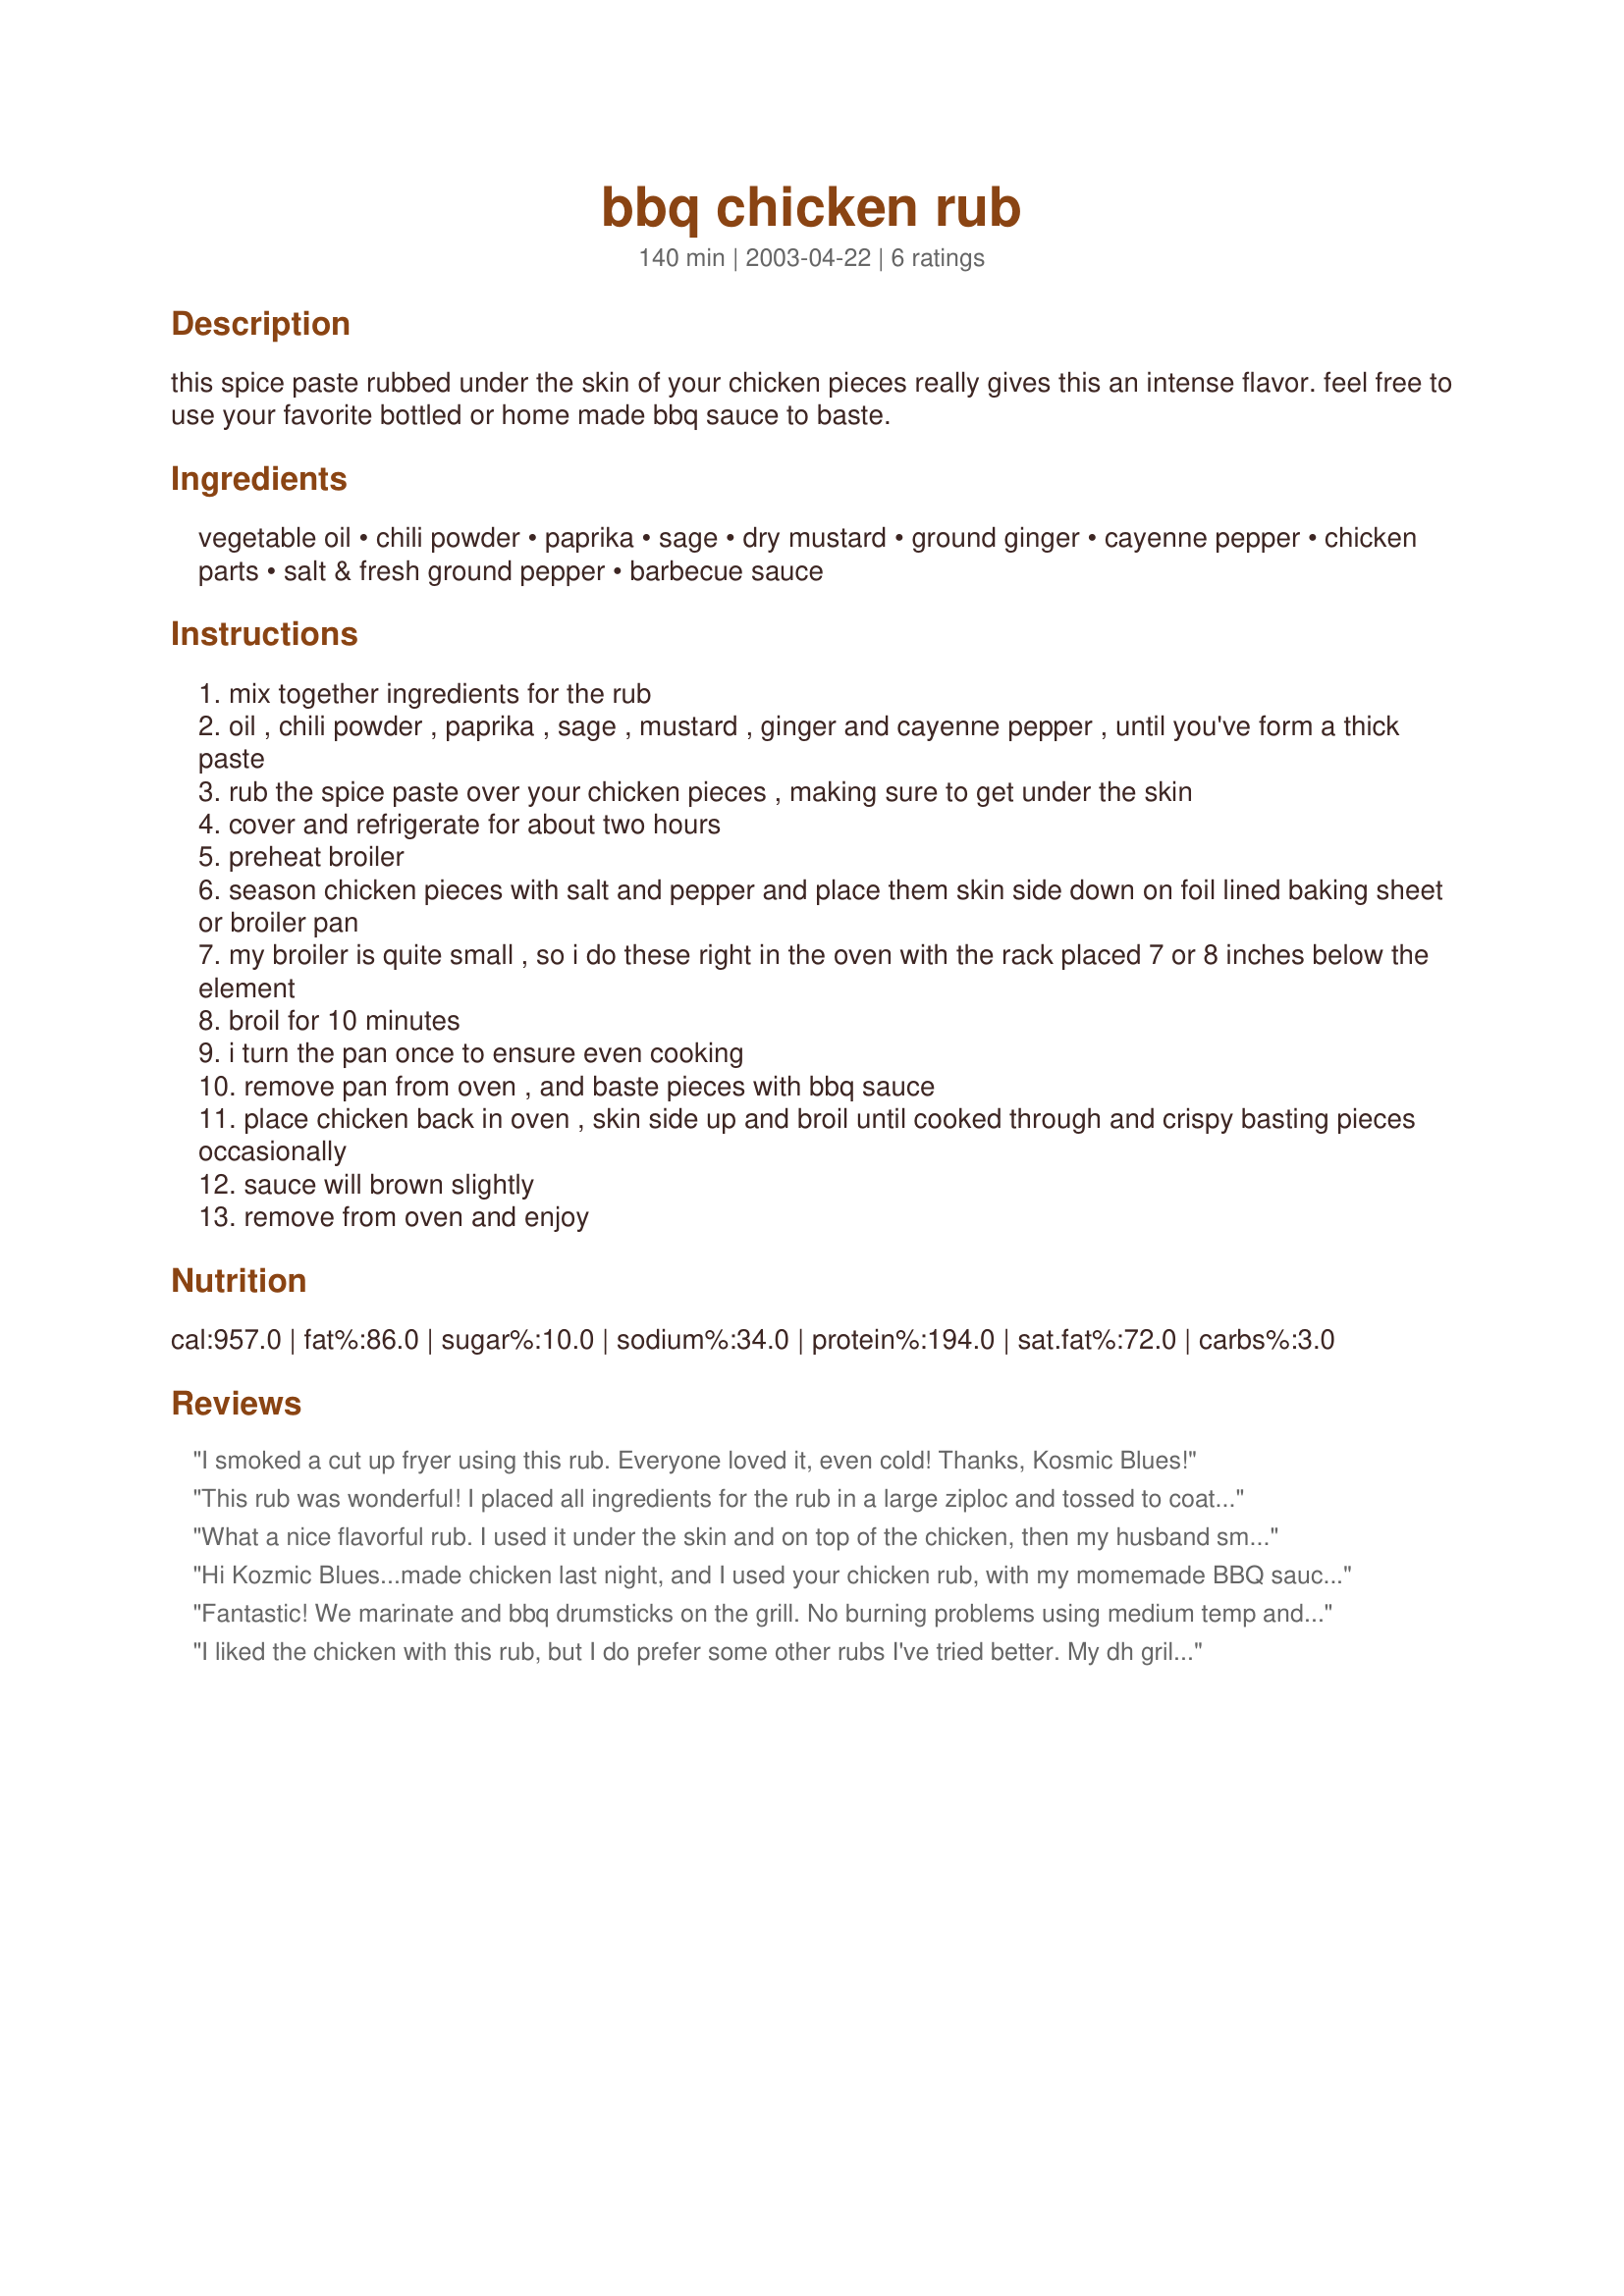
bbq chicken rub
Preparation time: 140 minutes

this spice paste rubbed under the skin of your chicken pieces really gives this an intense flavor. feel free to use your favorite bottled or home made bbq sauce to baste.

Ingredients:
vegetable oil, chili powder, paprika, sage, dry mustard, ground ginger, cayenne pepper, chicken parts, salt & fresh ground pepper, barbecue sauce

Steps:
mix together ingredients for the rub
oil , chili powder , paprika , sage , mustard , ginger and cayenne pepper , until you've form a thick paste
rub the spice paste over your chicken pieces , making sure to get under the skin
cover and refrigerate for about two hours
preheat broiler
season chicken pieces with salt and pepper and place them skin side down on foil lined baking sheet or broiler pan
my broiler is quite small , so i do these right in the oven with the rack placed 7 or 8 inches below the element
broil for 10 minutes
i turn the pan once to ensure even cooking
remove pan from oven , and baste pieces with bbq sauce
place chicken back in oven , skin side up and broil until cooked through and crispy basting pieces occasionally
sauce will brown slightly
remove from oven and enjoy

Reviews:
I smoked a cut up fryer using this rub. Everyone loved it, even cold! Thanks, Kosmic Blues!
This rub was wonderful! I placed all ingredients for the rub in a large ziploc and tossed to coat 13 boneless, skinless chicken breasts. I then roasted them in my NuWave Oven and basted with Sweet Baby Ray's BBQ sauce. Thanks!
What a nice flavorful rub. I used it under the skin and on top of the chicken, then my husband smoked it in the smoker. I served it to friends with BBQ sauce on the side. Everyone raved. Thank you for sharing!
Hi Kozmic Blues...made chicken last night, and I used your chicken rub, with my momemade BBQ sauce, and marinated it overnight in the fridge...well it turned out wonderful, very tasty and moist. I usually bake my chicken in the oven, but decided to give broiling a try, and was not dissapointed. this is a great chicken rub, one that I will use again. Thank you for posting :-)
Fantastic! We marinate and bbq drumsticks on the grill. No burning problems using medium temp and turning avery 5-7 min. for 35 min. Son and girlfriend request it when they come over and bought a bbq grill to duplicate recipe at home! We usually marinate for a few hours but it's still good if we don't. BTW we all love spicy hot.
I liked the chicken with this rub, but I do prefer some other rubs I've tried better. My dh grilled the chicken and found it very hard to keep it from burning. I asked him if the burning happened after he added the sauce and he said no, it was before. I haven't had this problem before with other rubs so I'm not sure why this happened with your rub. Perhaps broling like Kittencal did would have been a better method of cooking. It was just hard to taste the rubs flavor on the chicken with the burn factor and the bbq sauce.
